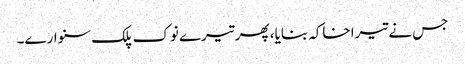
جس نے تیرا خاکہ بنایا، پھر تیرے نوک پلک سنوارے۔